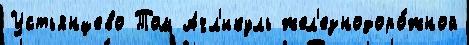
Устьянцево Том Ачл'икуль жел'езнодоро́жной